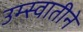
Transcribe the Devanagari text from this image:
उम्स्वातीने